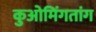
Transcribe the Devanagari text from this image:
कुओमिंगतांग